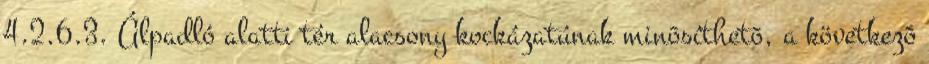
4.2.6.3. Álpadló alatti tér alacsony kockázatúnak minõsíthetõ, a következõ